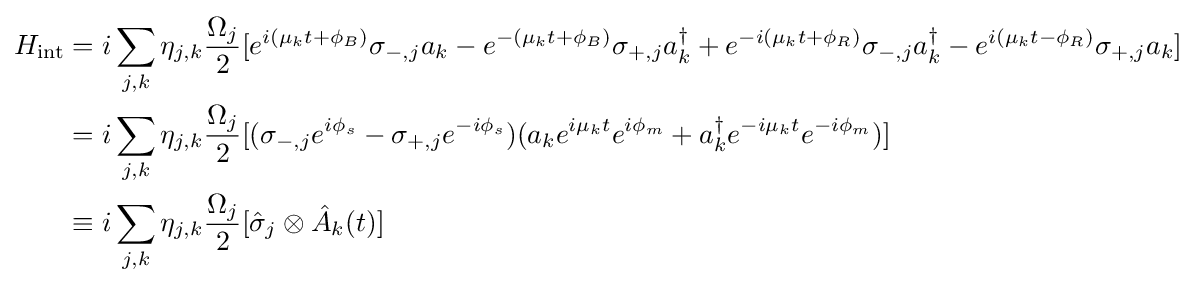
{\begin{aligned}H_{\rm {int}}&=i\sum _{j,k}\eta _{j,k}{\frac {\Omega _{j}}{2}}[e^{i(\mu _{k}t+\phi _{B})}\sigma _{-,j}a_{k}-e^{-(\mu _{k}t+\phi _{B})}\sigma _{+,j}a_{k}^{\dagger }+e^{-i(\mu _{k}t+\phi _{R})}\sigma _{-,j}a_{k}^{\dagger }-e^{i(\mu _{k}t-\phi _{R})}\sigma _{+,j}a_{k}]\\&=i\sum _{j,k}\eta _{j,k}{\frac {\Omega _{j}}{2}}[(\sigma _{-,j}e^{i\phi _{s}}-\sigma _{+,j}e^{-i\phi _{s}})(a_{k}e^{i\mu _{k}t}e^{i\phi _{m}}+a_{k}^{\dagger }e^{-i\mu _{k}t}e^{-i\phi _{m}})]\\&\equiv i\sum _{j,k}\eta _{j,k}{\frac {\Omega _{j}}{2}}[{\hat {\sigma }}_{j}\otimes {\hat {A}}_{k}(t)]\end{aligned}}